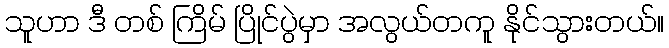
သူဟာ ဒီ တစ် ကြိမ် ပြိုင်ပွဲမှာ အလွယ်တကူ နိုင်သွားတယ်။